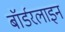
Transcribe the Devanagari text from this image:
बॉर्डरलाइन